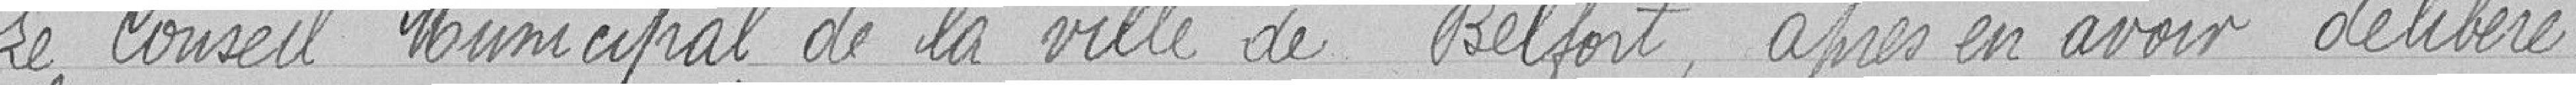
Le Conseil Municipal de la Ville de Belfort, après en avoir délibérer :